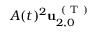
A ( t ) ^ { 2 } \mathbf { u } _ { 2 , 0 } ^ { \mathrm { ~ ( ~ T ~ ) ~ } }